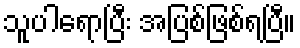
သူပါရောပြီး အပြစ်ဖြစ်ရပြီ။